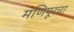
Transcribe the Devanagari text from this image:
मणिपूरचा